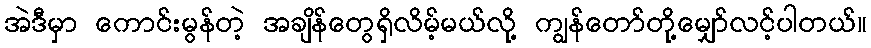
အဲဒီမှာ ကောင်းမွန်တဲ့ အချိန်တွေရှိလိမ့်မယ်လို့ ကျွန်တော်တို့မျှော်လင့်ပါတယ်။